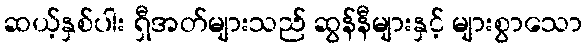
ဆယ့်နှစ်ပါး ရှီအတ်များသည် ဆွန်နီများနှင့် များစွာသော